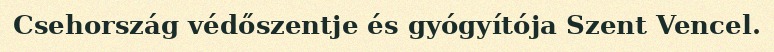
Csehország védőszentje és gyógyítója Szent Vencel.